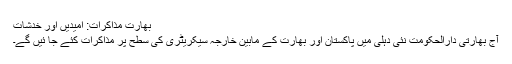
بھارت مذاکرات: امیدیں اور خدشات
آج بھارتی دارالحکومت نئی دہلی میں پاکستان اور بھارت کے مابین خارجہ سیکریٹری کی سطح پر مذاکرات کئے جا ئیں گے۔